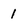
Character: 1